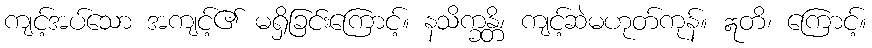
ကျင့်အပ်သော အကျင့်၏ မရှိခြင်းကြောင့်။ နသိက္ခန္တိ၊ ကျင့်ဆဲမဟုတ်ကုန်။ ဣတိ၊ ကြောင့်။